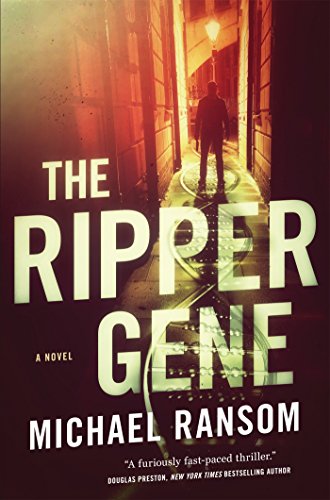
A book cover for The Ripper Gene: A Novel; Michael Ransom; Mystery, Thriller & Suspense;